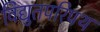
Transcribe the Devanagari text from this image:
विद्युतपरिपथ